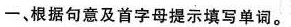
一、根据句意及首字母提示填写单词。